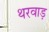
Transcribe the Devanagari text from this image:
थरवाड़